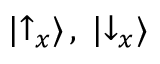
| { \uparrow } _ { x } \rangle \, , \; | { \downarrow } _ { x } \rangle